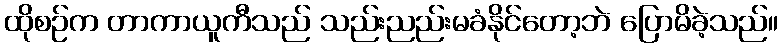
ထိုစဉ်က တာကာယူကီသည် သည်းညည်းမခံနိုင်တော့ဘဲ ပြောမိခဲ့သည်။